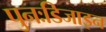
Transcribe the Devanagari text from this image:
पुनःडिजाइन